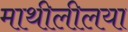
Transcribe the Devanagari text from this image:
माथीलीलया